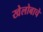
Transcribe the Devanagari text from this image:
खेलोबाचे